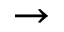
\rightarrow